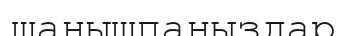
шанышпаңыздар